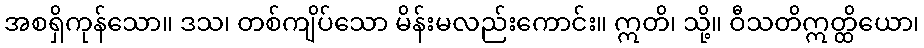
အစရှိကုန်သော။ ဒသ၊ တစ်ကျိပ်သော မိန်းမလည်းကောင်း။ ဣတိ၊ သို့။ ဝီသတိဣတ္ထိယော၊